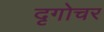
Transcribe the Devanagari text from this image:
दृगोचर